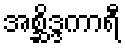
အစ္ဆိဒ္ဒကာရီ